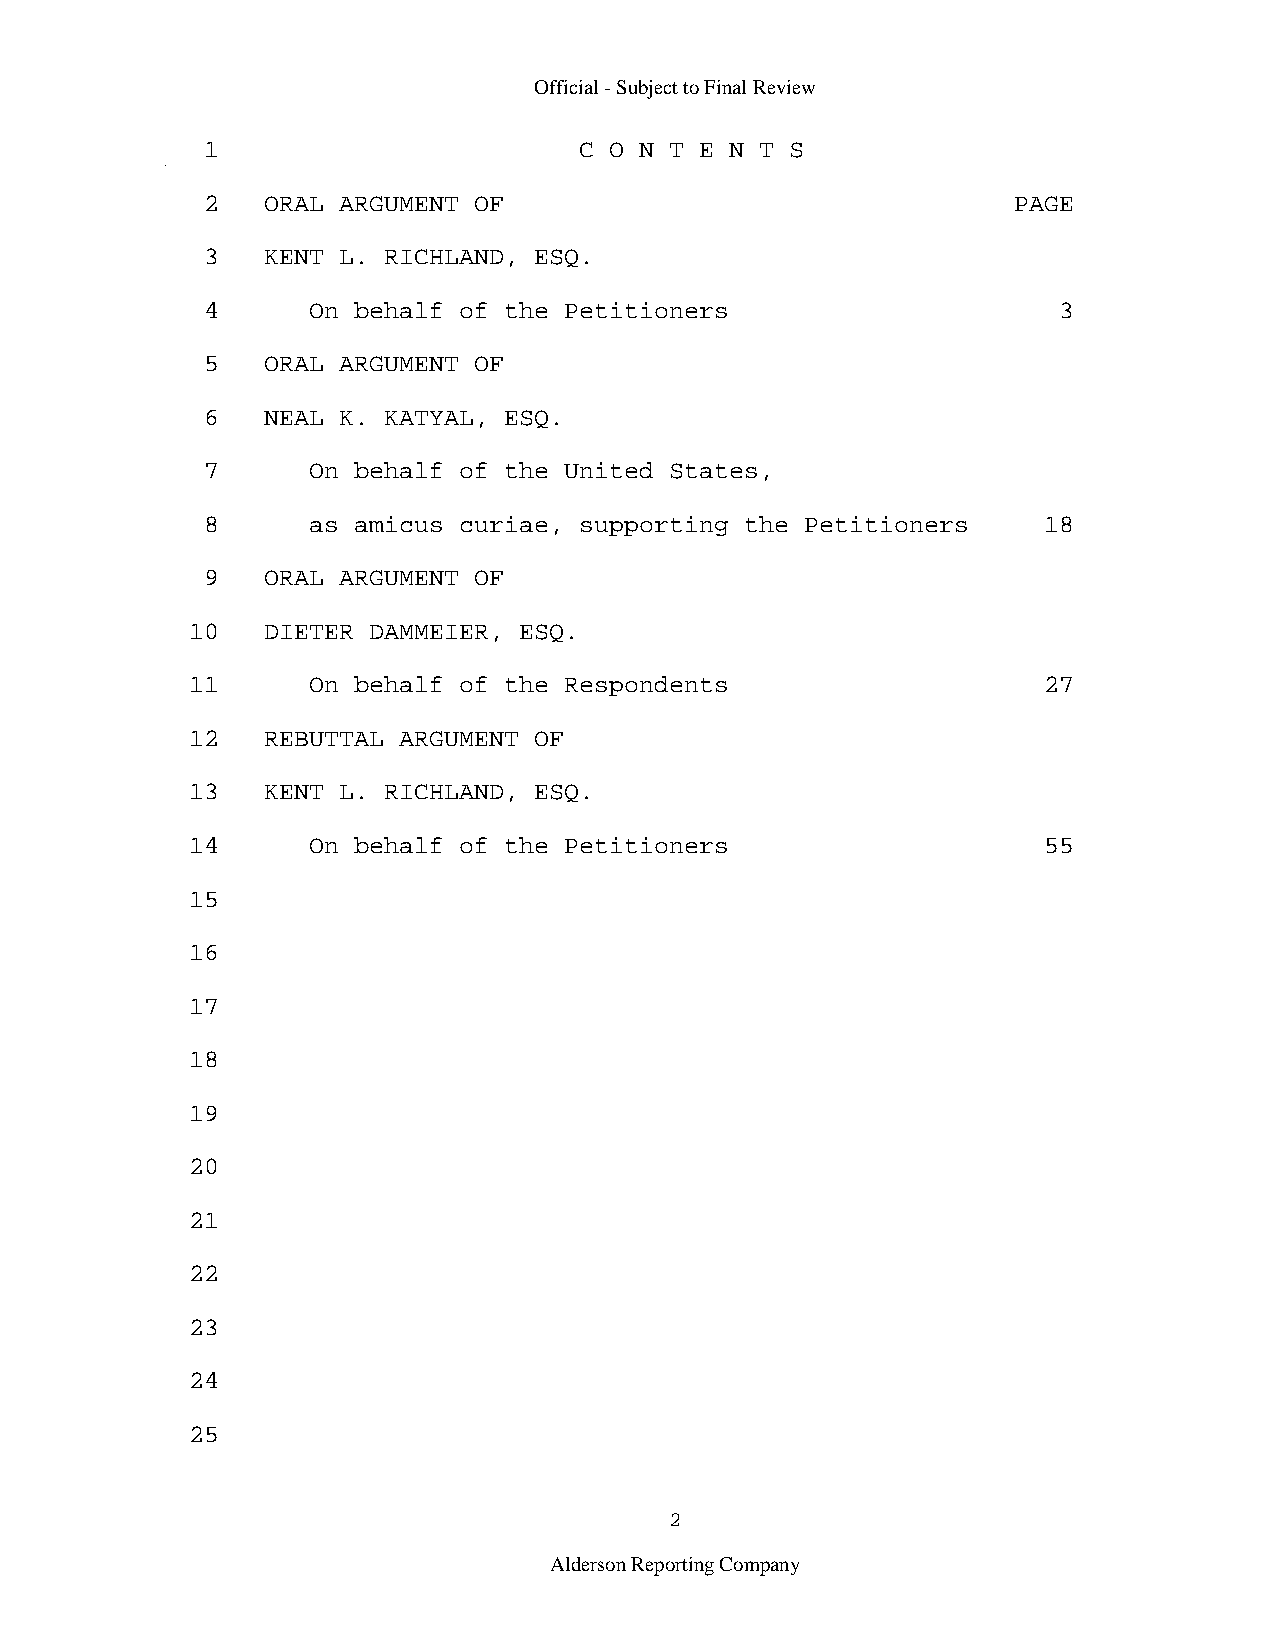
Official - Subject to Final Review
 1                        C O N T E N T S
 2   ORAL ARGUMENT OF                                  PAGE
 3   KENT L. RICHLAND, ESQ.
 4      On behalf of the Petitioners                      3
 5   ORAL ARGUMENT OF
 6   NEAL K. KATYAL, ESQ.
 7      On behalf of the United States,
 8      as amicus curiae, supporting the Petitioners     18
 9   ORAL ARGUMENT OF
 10   DIETER DAMMEIER, ESQ.
 11      On behalf of the Respondents                     27
 12   REBUTTAL ARGUMENT OF
 13   KENT L. RICHLAND, ESQ.
 14      On behalf of the Petitioners                     55
 15
 16
 17
 18
 19
 20
 21
 22
 23
 24
 25
 2
 Alderson Reporting Company